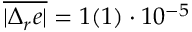
\overline { { | \Delta _ { r } e | } } = 1 ( 1 ) \cdot 1 0 ^ { - 5 }